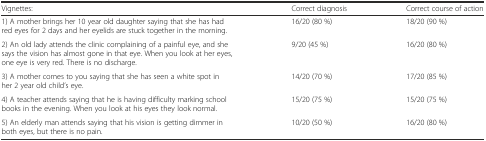
<table><thead><tr><td><b>Vignettes:</b></td><td><b>Correct diagnosis</b></td><td><b>Correct course of action</b></td></tr></thead><tbody><tr><td>1) A mother brings her 10 year old daughter saying that she has had red eyes for 2 days and her eyelids are stuck together in the morning.</td><td>16/20 (80 %)</td><td>18/20 (90 %)</td></tr><tr><td>2) An old lady attends the clinic complaining of a painful eye, and she says the vision has almost gone in that eye. When you look at her eyes, one eye is very red. There is no discharge.</td><td>9/20 (45 %)</td><td>16/20 (80 %)</td></tr><tr><td>3) A mother comes to you saying that she has seen a white spot in her 2 year old child’s eye.</td><td>14/20 (70 %)</td><td>17/20 (85 %)</td></tr><tr><td>4) A teacher attends saying that he is having difficulty marking school books in the evening. When you look at his eyes they look normal.</td><td>15/20 (75 %)</td><td>15/20 (75 %)</td></tr><tr><td>5) An elderly man attends saying that his vision is getting dimmer in both eyes, but there is no pain.</td><td>10/20 (50 %)</td><td>16/20 (80 %)</td></tr></tbody></table>